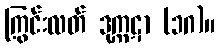
ကြွင်းလတ် ဒုက္ကဋာ (၁ဂ)။